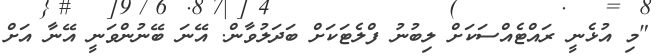
"މި އުޅެނީ ރައްޓެއްސަކަށް ލިބުނު ފްލެޓަކަށް ބަދަލުވާން. އޭނަ ބޭނުންވަނީ އޭނާ އަށް